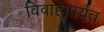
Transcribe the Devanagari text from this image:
विवाहापर्यंत